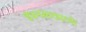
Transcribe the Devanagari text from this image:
इंधनसाठ्याची